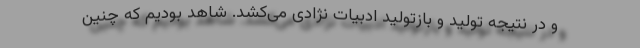
و در نتیجه تولید و بازتولید ادبیات نژادی می‌کشد. شاهد بودیم که چنین